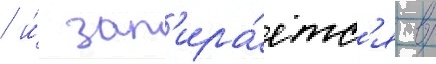
/ и́ зап'ира́етс'я в